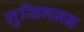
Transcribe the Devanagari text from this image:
लुसिगनन